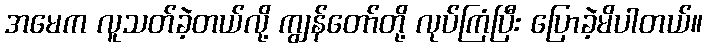
အမေက လူသတ်ခဲ့တယ်လို့ ကျွန်တော်တို့ လုပ်ကြံပြီး ပြောခဲ့မိပါတယ်။